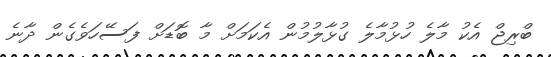
ބްރިޖް އެކު މާލެ ހުޅުމާލެ ގުޅާލުމުން އެކަމަށް މާ ބޮޑަށް ފަސޭހަވެގެން ދާނެ